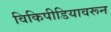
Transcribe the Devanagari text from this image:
विकिपीडियावरून